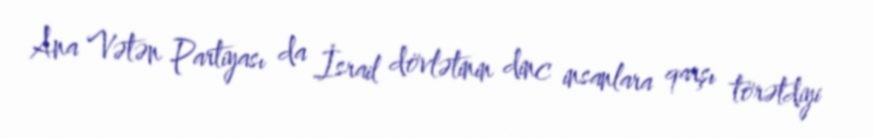
Ana Vətən Partiyası da İsrail dövlətinin dinc insanlara qarşı törətdiyi